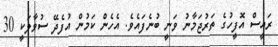
ރައީސް އޮފީހުގެ ތަރުޖަމާނު ވަނީ ބުނެފައެވެ. އެހެން ކަމުން އުފެދޭ ސުވާލަކީ 30